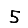
Digit: 5